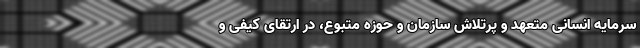
سرمایه انسانی متعهد و پرتلاش سازمان و حوزه متبوع، در ارتقای کیفی و